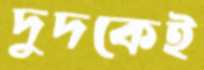
দুদকেই